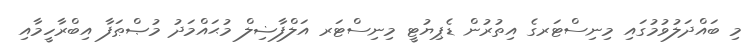
މި ބައްދަލުވުމުގައި މިނިސްޓަރގެ އިތުރުން ޑެޕިޔުޓީ މިނިސްޓަރ އަލްފާޟިލް މުޙައްމަދު މުޞްޠަފާ އިބްރާހީމާއި